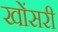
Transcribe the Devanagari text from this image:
खोंसरी